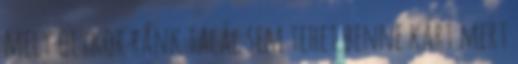
mely olykor ránk talál sem tehet benne kárt mert